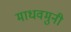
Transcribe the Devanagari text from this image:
माधवमुनी